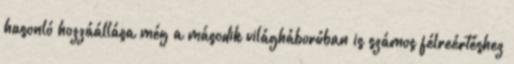
hasonló hozzáállása még a második világháborúban is számos félreértéshez